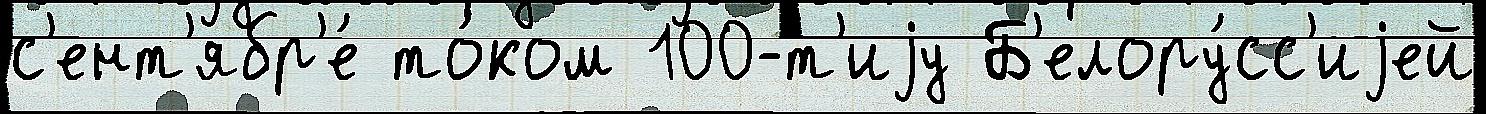
с'ент'ябр'е́ то́ком 100-т'иjу Б'елору́сс'иjей